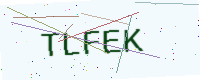
Text: TLFEK